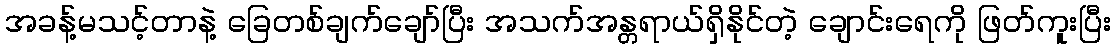
အခန့်မသင့်တာနဲ့ ခြေတစ်ချက်ချော်ပြီး အသက်အန္တရာယ်ရှိနိုင်တဲ့ ချောင်းရေကို ဖြတ်ကူးပြီး